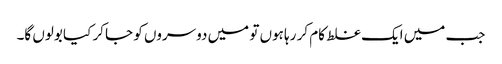
جب میں ایک غلط کام کر رہا ہوں تو میں دوسروں کو جا کر کیا بولوں گا۔